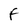
Character: F